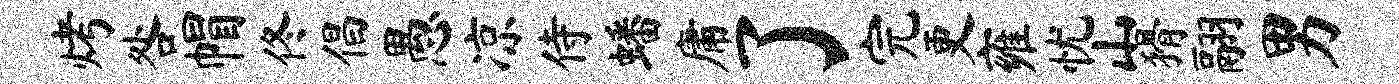
烤咎帽佟倡愚凉侍蟠庸了完更雍忧山猾翮男